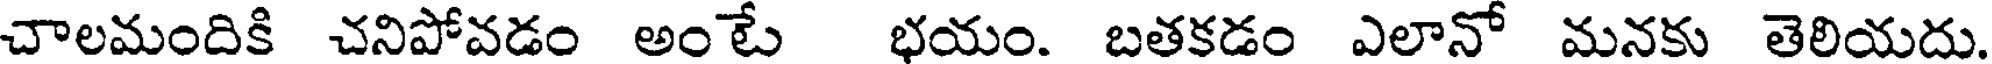
చాలమందికి చనిపోవడం అంటే భయం. బతకడం ఎలానో మనకు తెలియదు